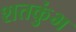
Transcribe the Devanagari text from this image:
शतकुंभ